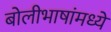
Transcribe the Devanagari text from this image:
बोलीभाषांमध्ये